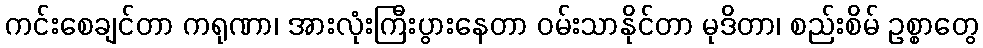
ကင်းစေချင်တာ ကရုဏာ၊ အားလုံးကြီးပွားနေတာ ဝမ်းသာနိုင်တာ မုဒိတာ၊ စည်းစိမ် ဥစ္စာတွေ